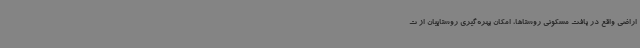
اراضی واقع در بافت مسکونی روستاها، امکان بهره‌گیری روستاییان از ت